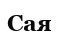
Сая